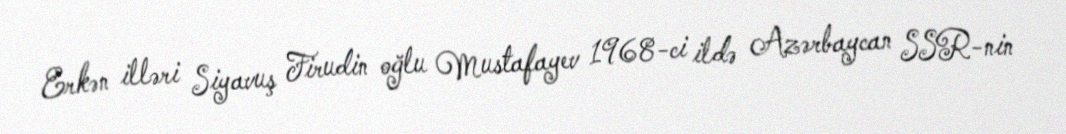
Erkən illəri Siyavuş Firudin oğlu Mustafayev 1968-ci ildə Azərbaycan SSR-nin